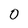
Character: 0